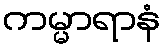
ကမ္မာရာနံ